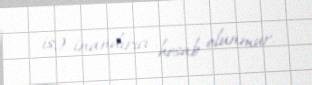
isə inandırıcı hesab olunmur.